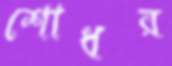
শোধর